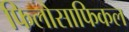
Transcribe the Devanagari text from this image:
फिलोसाफिकल